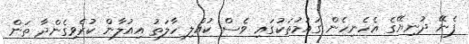
ފެނޭ ދުނިޔޭގެ އެހެނިހެން ގައުމުތަކުގައި ވެސް ކުއްލި ހާލަތު އިއުލާން ކުރެވިގެންދާ ތަން